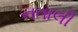
નતાલી